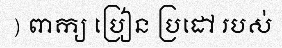
) ពាក្យ ប្រៀន ប្រដៅ របស់